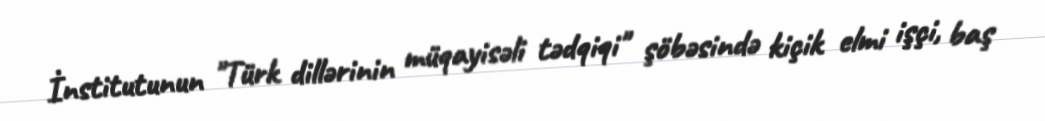
İnstitutunun "Türk dillərinin müqayisəli tədqiqi" şöbəsində kiçik elmi işçi, baş